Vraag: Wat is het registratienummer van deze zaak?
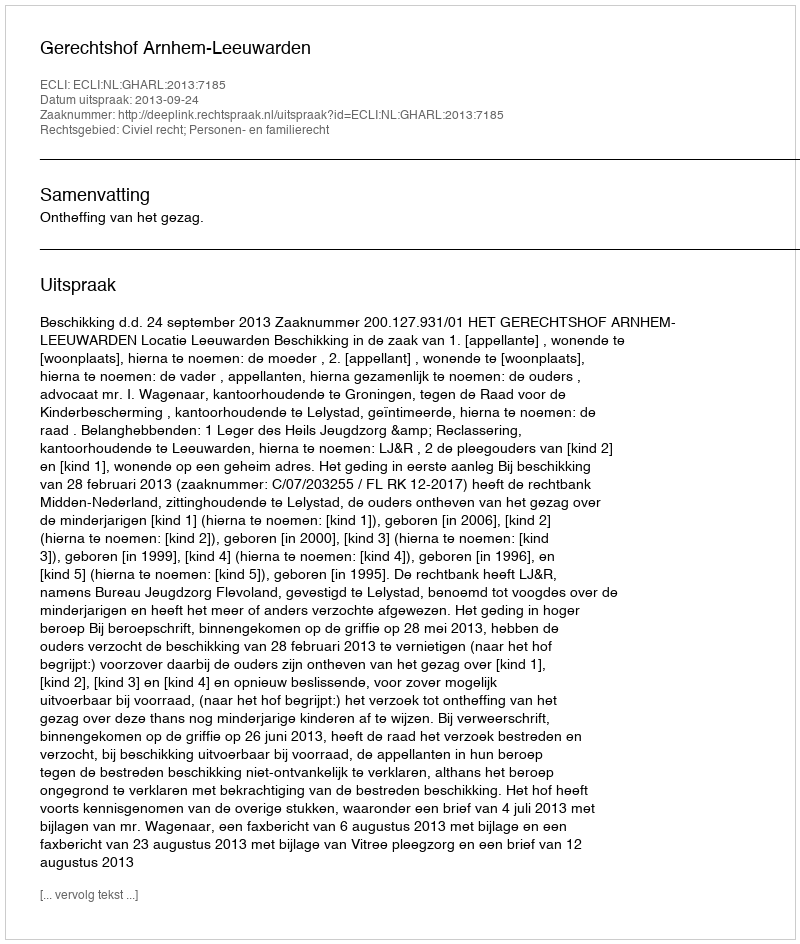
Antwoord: http://deeplink.rechtspraak.nl/uitspraak?id=ECLI:NL:GHARL:2013:7185